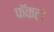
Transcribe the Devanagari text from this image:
फॅकटो